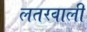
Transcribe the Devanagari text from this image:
लतरवाली